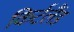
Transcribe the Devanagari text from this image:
किर्टलैंड